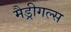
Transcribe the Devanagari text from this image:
मैड्रीगल्स